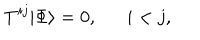
T ^ { i j } | \Phi \rangle = 0 , \quad \; \; i < j ,